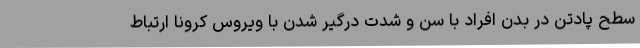
سطح پادتن در بدن افراد با سن و شدت درگیر شدن با ویروس کرونا ارتباط